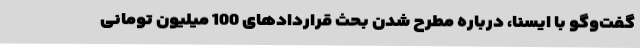
گفت‌وگو با ایسنا، درباره مطرح شدن بحث قراردادهای 100 میلیون تومانی